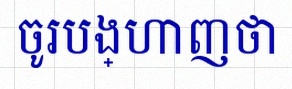
ចូរបង្ហាញថា